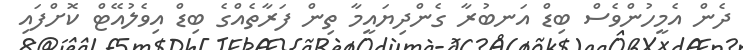
ދެން އެމީހުންވެސް ބިޑް އަނބުރާ ގެންދިޔައީމާ ތިން ފަރާތެއްގެ ބިޑް އިވެލުއޭޓް ކޮށްފައި